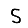
Digit: 5